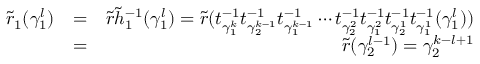
\begin{array} { r l r } { \widetilde { r } _ { 1 } ( \gamma _ { 1 } ^ { l } ) } & { = } & { \widetilde { r } \widetilde { h } _ { 1 } ^ { - 1 } ( \gamma _ { 1 } ^ { l } ) = \widetilde { r } ( t _ { \gamma _ { 1 } ^ { k } } ^ { - 1 } t _ { \gamma _ { 2 } ^ { k - 1 } } ^ { - 1 } t _ { \gamma _ { 1 } ^ { k - 1 } } ^ { - 1 } \cdots t _ { \gamma _ { 2 } ^ { 2 } } ^ { - 1 } t _ { \gamma _ { 1 } ^ { 2 } } ^ { - 1 } t _ { \gamma _ { 2 } ^ { 1 } } ^ { - 1 } t _ { \gamma _ { 1 } ^ { 1 } } ^ { - 1 } ( \gamma _ { 1 } ^ { l } ) ) } \\ & { = } & { \widetilde { r } ( \gamma _ { 2 } ^ { l - 1 } ) = \gamma _ { 2 } ^ { k - l + 1 } } \end{array}